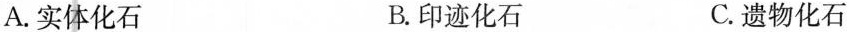
A.实体化石 B.印迹化石 C.遗物化石